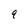
Character: q